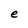
Character: e